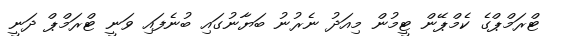
ޓްރަމްޕްގެ ކެމްޕޭން ޓީމުން މިއަދު ނެރުނު ބަޔާނުގައި ބުނެފައި ވަނީ ޓްރަމްޕް ދަނީ